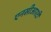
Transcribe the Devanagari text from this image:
एनसीआरटी